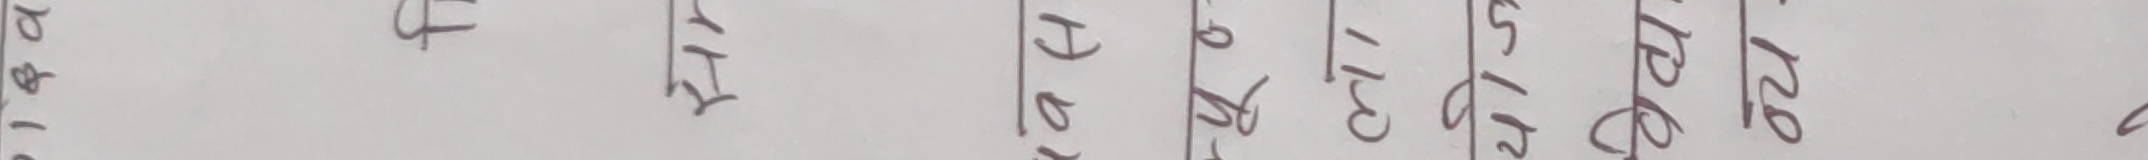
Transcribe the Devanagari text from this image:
भ प्र अ १५० १८० ११३० ११५० १२०० भ